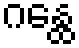
ဂန္ထေ